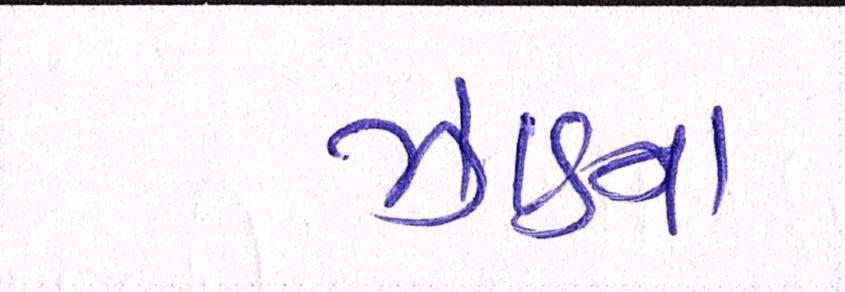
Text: ઝાડના